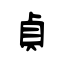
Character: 貞